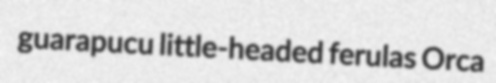
guarapucu little-headed ferulas Orca